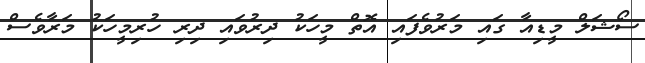
ސޯޝަލް މީޑިއާ ގައި މަރުވެފައި އޮތް މީހަކު ދިރުވައި ދިރި ހުރިމީހަކު މަރާވެސް